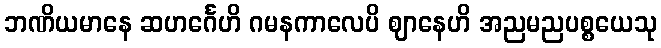
ဘဏိယမာနေ ဆဟင်္ဂေဟိ ဂမနကာလေပိ ဈာနေဟိ အညမညပစ္စယေသု